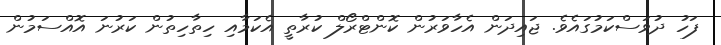
ފަހު ދުވަސްކަމުގައެވެ. ޖައިދަން އެހާވަރުން ކޮންޓްރޯލް ކުރާތީ އެކަމާއި ހިތާހިތުން ކަރުނަ އޮއްސަމުން